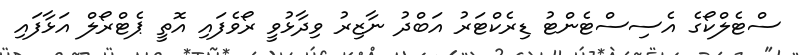
ސްޓެލްކޯގެ އެސިސްޓެންޓު ޑިރެކްޓަރު އަބްދު ނާޒިރު ވިދާޅުވީ ރޯވެފައި އޮތީ ޕެޓްރޯލް އަޅާފައި